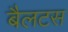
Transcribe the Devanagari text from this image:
बैलटस